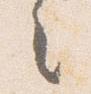
之